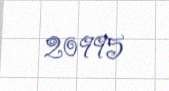
20995